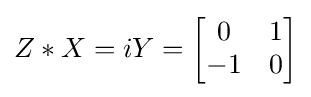
Z*X=iY={\begin{bmatrix}0&1\\-1&0\end{bmatrix}}